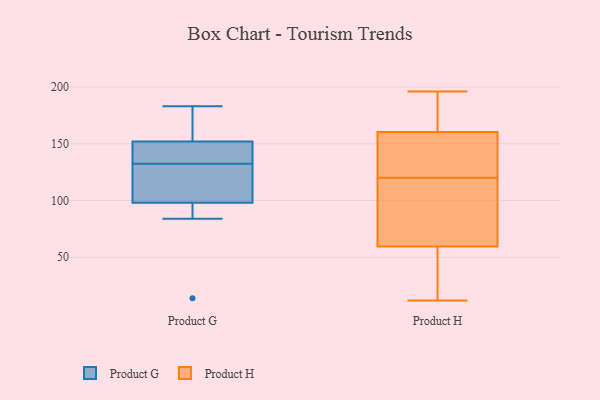
{"axis": {"x": "Energy Usage (MWh)", "y": "Value"}, "legend": ["Product G", "Product H"], "data": [{"x": "", "y": 152, "type": "Product G"}, {"x": "", "y": 183, "type": "Product G"}, {"x": "", "y": 156, "type": "Product G"}, {"x": "", "y": 84, "type": "Product G"}, {"x": "", "y": 99, "type": "Product G"}, {"x": "", "y": 147, "type": "Product G"}, {"x": "", "y": 141, "type": "Product G"}, {"x": "", "y": 124, "type": "Product G"}, {"x": "", "y": 110, "type": "Product G"}, {"x": "", "y": 171, "type": "Product G"}, {"x": "", "y": 148, "type": "Product G"}, {"x": "", "y": 85, "type": "Product G"}, {"x": "", "y": 98, "type": "Product G"}, {"x": "", "y": 14, "type": "Product G"}, {"x": "", "y": 31, "type": "Product H"}, {"x": "", "y": 121, "type": "Product H"}, {"x": "", "y": 135, "type": "Product H"}, {"x": "", "y": 91, "type": "Product H"}, {"x": "", "y": 15, "type": "Product H"}, {"x": "", "y": 12, "type": "Product H"}, {"x": "", "y": 196, "type": "Product H"}, {"x": "", "y": 163, "type": "Product H"}, {"x": "", "y": 58, "type": "Product H"}, {"x": "", "y": 105, "type": "Product H"}, {"x": "", "y": 64, "type": "Product H"}, {"x": "", "y": 171, "type": "Product H"}, {"x": "", "y": 184, "type": "Product H"}, {"x": "", "y": 159, "type": "Product H"}, {"x": "", "y": 120, "type": "Product H"}, {"x": "", "y": 46, "type": "Product H"}, {"x": "", "y": 161, "type": "Product H"}, {"x": "", "y": 145, "type": "Product H"}, {"x": "", "y": 81, "type": "Product H"}]}